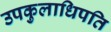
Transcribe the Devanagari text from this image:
उपकुलाधिपति